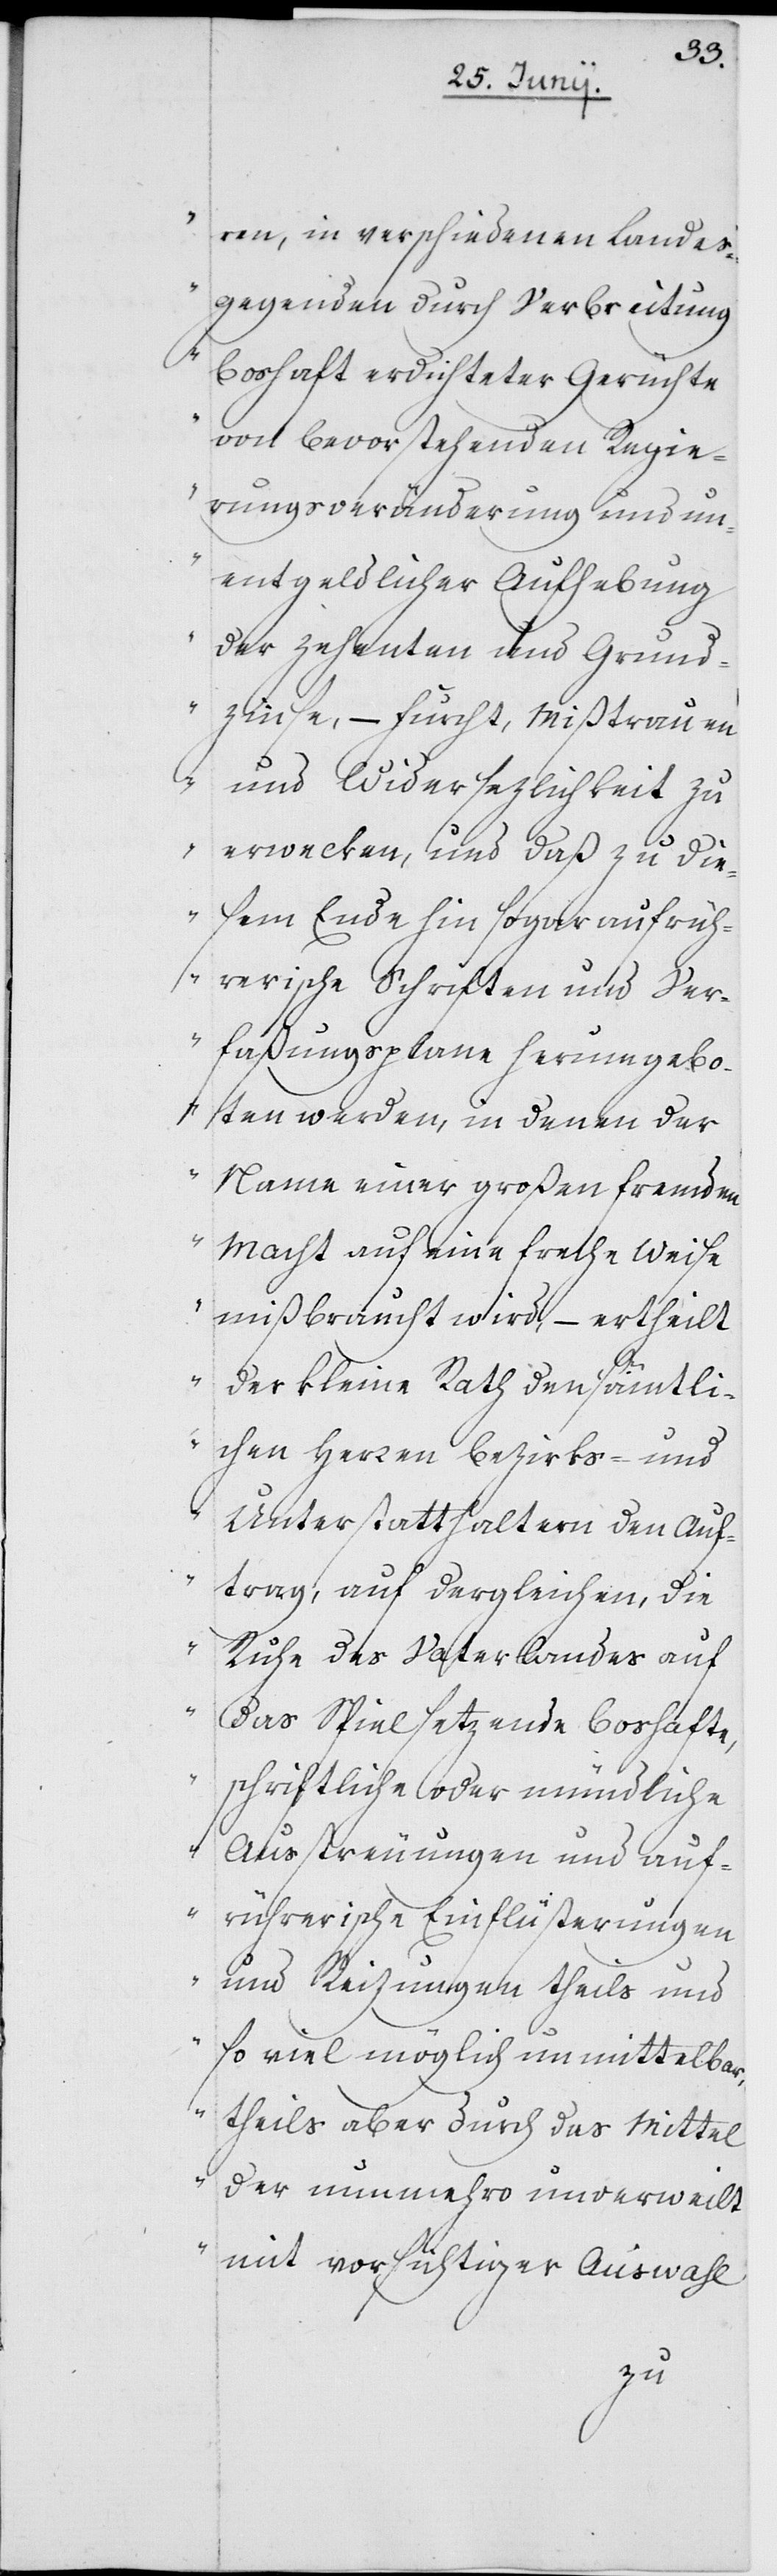
ren, in verschiedenen Landes¬
gegenden durch Verbreitung
boshaft erdichteter Gerüchte
von bevorstehenden Regie¬
rungsveränderung und un¬
entgeldlicher Aufhebung
der Zehenten und Grund¬
zinse, – Furcht, Mißtrauen
und Widersezlichkeit zu
erwecken, und daß zu die¬
sem Ende hin sogar aufrüh¬
rerische Schriften und Ver¬
faßungsplane herumgebo¬
ten werden, in denen der
Name einer großen fremden
Macht auf eine freche Weise
mißbraucht wird, – ertheilt
der Kleine Rath den sämtli¬
chen Herren Bezirks- und
Unterstatthaltern den Auf¬
trag, auf dergleichen, die
Ruhe des Vaterlandes auf
das Spiel setzende boshafte,
schriftliche oder mündliche
Ausstreuungen und auf¬
rührerische Einflüsterungen
und Reizungen theils und
so viel möglich unmittelbar,
theils aber durch das Mittel
der nunmehro unverweilt
mit vorsichtiger Auswahl